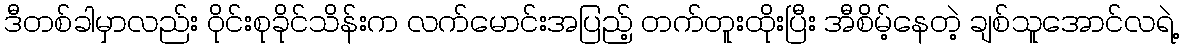
ဒီတစ်ခါမှာလည်း ဝိုင်းစုခိုင်သိန်းက လက်မောင်းအပြည့် တက်တူးထိုးပြီး အီစိမ့်နေတဲ့ ချစ်သူအောင်လရဲ့